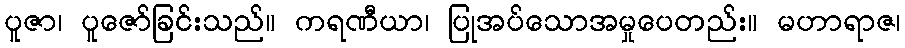
ပူဇာ၊ ပူဇော်ခြင်းသည်။ ကရဏီယာ၊ ပြုအပ်သောအမှုပေတည်း။ မဟာရာဇ၊